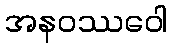
အနဝဿဝေါ